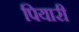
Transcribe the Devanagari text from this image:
पियारी